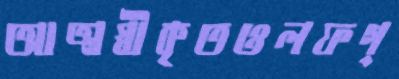
আত্মস্বীকৃতওলফগ্